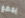
يمضغ